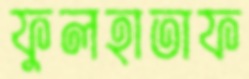
ফুলহাতাফ